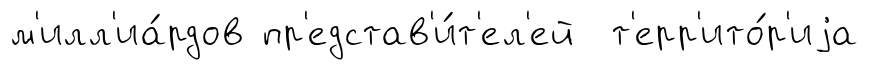
м'илл'иа́рдов пр'едстав'и́т'ел'ей т'ерр'ито́р'иjа